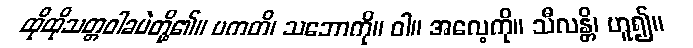
ထိုထိုသတ္တဝါခပဲတို့၏။ ပကတိ၊ သဘောကို။ ဝါ။ အလေ့ကို။ သီလန္တိ၊ ဟူ၍။